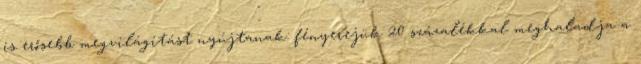
is erősebb megvilágítást nyújtanak: fényerejük 20 százalékkal meghaladja a